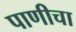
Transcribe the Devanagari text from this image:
पाणीचा